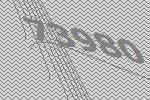
73980